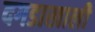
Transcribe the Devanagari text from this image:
दगडाखाली